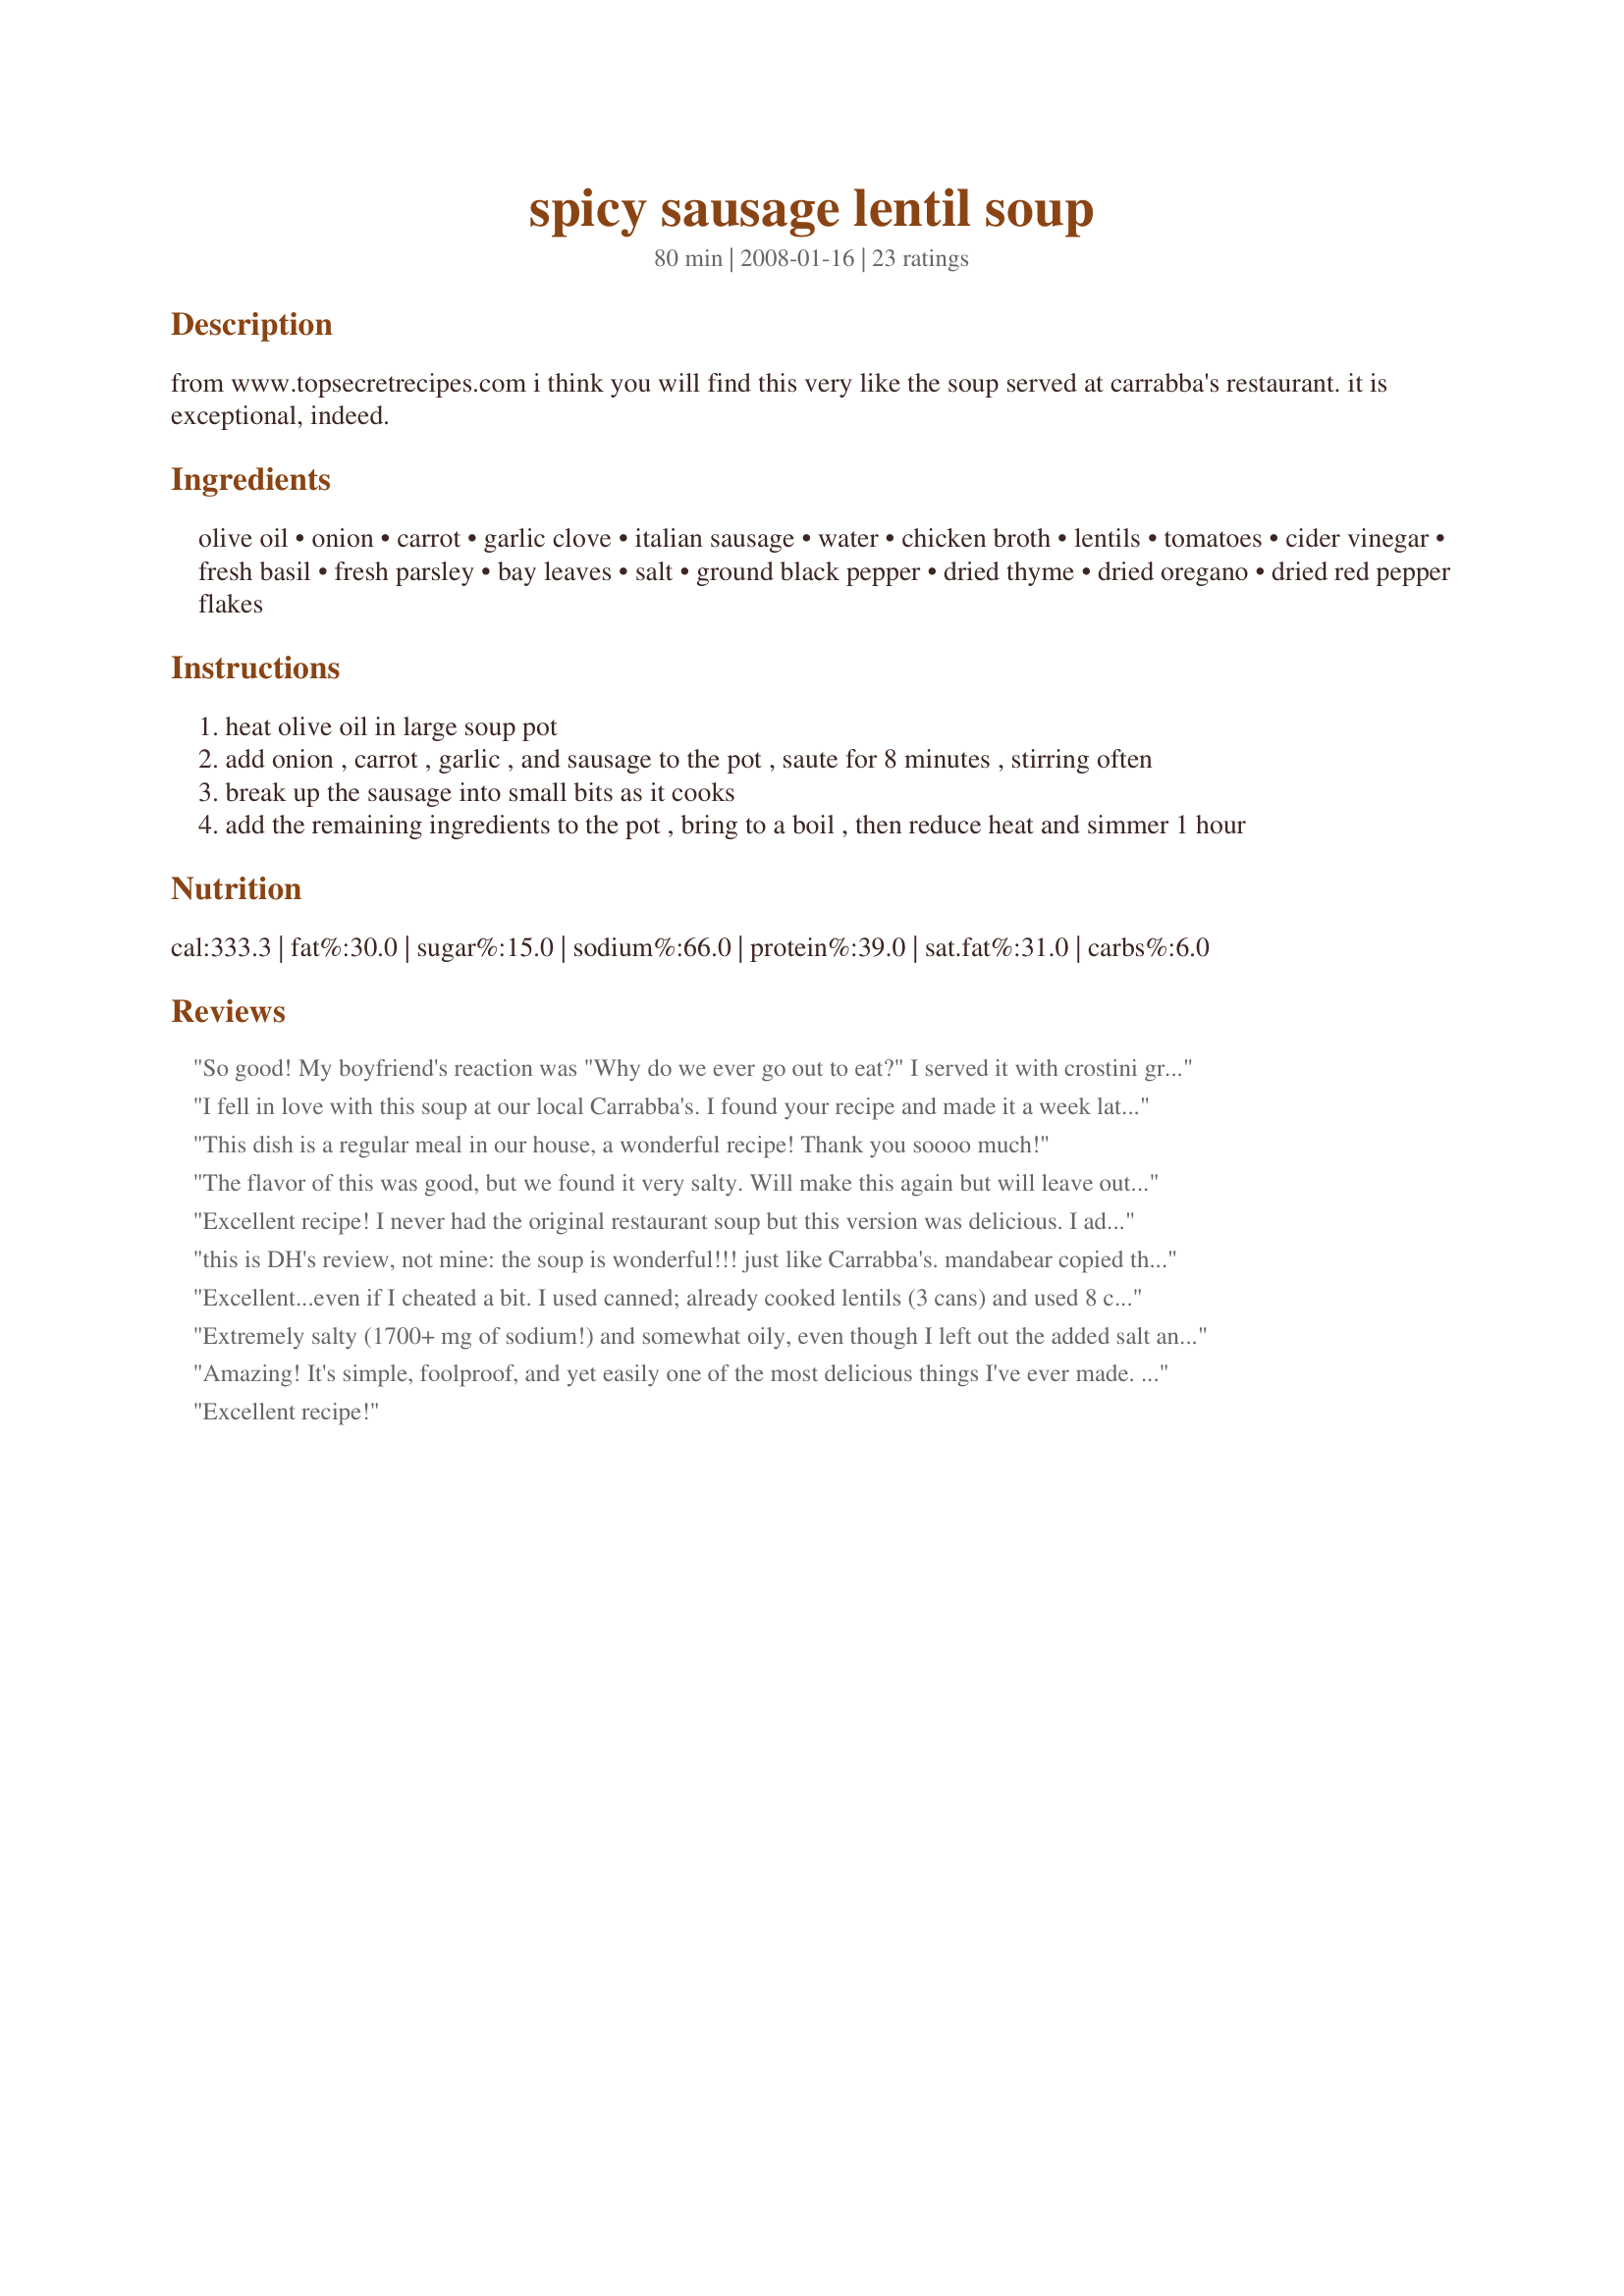
spicy sausage lentil soup
Preparation time: 80 minutes

from www.topsecretrecipes.com i think you will find this very like the soup served at carrabba's restaurant. it is exceptional, indeed.

Ingredients:
olive oil, onion, carrot, garlic clove, italian sausage, water, chicken broth, lentils, tomatoes, cider vinegar, fresh basil, fresh parsley, bay leaves, salt, ground black pepper, dried thyme, dried oregano, dried red pepper flakes

Steps:
heat olive oil in large soup pot
add onion , carrot , garlic , and sausage to the pot , saute for 8 minutes , stirring often
break up the sausage into small bits as it cooks
add the remaining ingredients to the pot , bring to a boil , then reduce heat and simmer 1 hour

Reviews:
So good! My boyfriend's reaction was "Why do we ever go out to eat?" I served it with crostini grilled cheese sandwiches which I'm submitting recipe for.
I fell in love with this soup at our local Carrabba's. I found your recipe and made it a week later and I am awestruck. Thanks so much. Donna
This dish is a regular meal in our house, a wonderful recipe! Thank you soooo much!
The flavor of this was good, but we found it very salty. Will make this again but will leave out the added salt.
Excellent recipe! I never had the original restaurant soup but this version was delicious. I added a huge bag of washed and chopped mustard greens to up the veggie content. Keeper.
this is DH's review, not mine: the soup is wonderful!!! just like Carrabba's. mandabear copied the recipe from the Todd Wilbur website and made it for me.(she does not like the soup) This is my favorite dish on Carrabba's menu and I always order a large serving of it with a salad for a really good dinner. thanks for posting the recipe, so mandabears doesn't have to do it!!!
Excellent...even if I cheated a bit. I used canned; already cooked lentils (3 cans) and used 8 cups chicken broth and just 4 cups water. My version didn't turn out as thick, but it still tasted fantastic! It was delicious...a new favorite fall soup!
Extremely salty (1700+ mg of sodium!) and somewhat oily, even though I left out the added salt and used 1 tablespoon olive oil. Next time I'll brown and drain the sausage first, use less ham and chicken broth, and add more water.
Amazing! It's simple, foolproof, and yet easily one of the most delicious things I've ever made.

I cooked this with the Bone of a good Hickory Smoked Ham, and increased the ham meat by 50%, bringing a smoky goodness that truly takes this it over the top.

I singed up just so I could say this...
Thank you Grannydragon!
Excellent recipe!
I love Carrabba's and this recipe tastes just like at the restaurant! Thanks for posting a great and easy recipe!
This recipe was right on. No tweeking necessary, it was wonderful...kudos!I give it 5 stars.
Excellent recipe! I love this soup. I always get it when I go to Carrabba's. I made it just like the recipe and it come out great. It tasted just like Carrabba's. My Boyfriend loved it.
This soup really beats Carrabbas! I put in everything except the zucchini and celery (forgot those at the store!) While the soup simmered it thickened a bit, so I added a little water. It came out fantastic!! I wouldn't change a thing - it was delicious!
I made this soup as my first attempt at gluten-free cooking and the result was impressive! This soup already made it in my list of favourite recipes!
We make this soup all the time! I bring it to pot lucks some times and have gotten the reputation of being &quot;Making Really Good Soups&quot;. I don&#039;t put as much red pepper and I&#039;ve never done it with ham. It still turns out good!
Sooooo goooood!!!!!!
I stopped using Italian sausage ages ago. This recipe is great just use what I use in every recipe that calls for Italian sausage. Spicy chicken italian sausage in its place and omit salt til end
Wonderful dish and very easy to do. I used homemade sausage and red lentils. It was not oily at all. Made just as directed and everyone loved it. Thanks for a great recipe!
This is my hubby's favorite soup. When we go to Carrabba's and it's not the soup of the day, he's always very disappointed. I brought this to him at work and he returned with an empty pot. Very good!
Genius!! My husband orders this soup EVERY TIME we go to Carrabba's and now we can make it at home! I didn't alter the recipe much at all, except we love garlic and onion, so I used more. I only had 8oz of lentils so I used half the amount of liquid too. I let the soup simmer lightly for 2 hours to be sure the lentils were soft. You can't go far wrong with soup. Definitely recommend this recipe!
Wonderful soup that is even better the next day! I used bulk &quot;plain&quot; sausage as Italian spiced wasn&#039;t available, and I added hot sauce to taste. Would like to try this with ground turkey to decrease the fat content. My husband and I love this soup!
My husband and I loved this dish! It's easy to make and even though the prep time can be a little lengthy (mincing, grating, dicing) it's completely worth the effort. What's great about this recipe is that there are so many elements you can slightly alter to your taste and it's still excellent. I used spicy Adouille sausage and added cilantro as a garnish. This recipe also reheats really well so it%u2019s just as good the second time around!!! Thanks for cloning!!!
